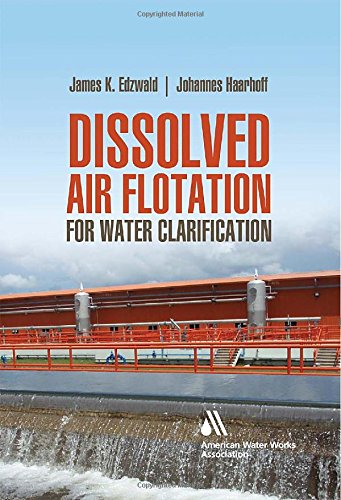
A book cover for Dissolved Air Flotation For Water Clarification; James Edzwald; Science & Math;